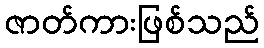
ဇာတ်ကားဖြစ်သည်